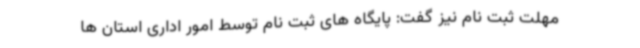
مهلت ثبت نام نیز گفت: پایگاه های ثبت نام توسط امور اداری استان ها